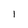
Character: 1